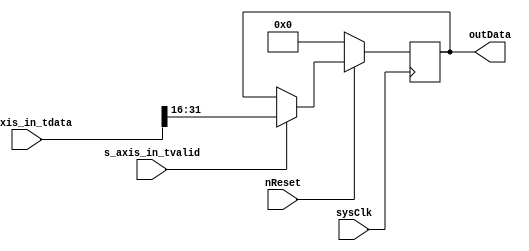
`timescale 1ns / 1ps
//////////////////////////////////////////////////////////////////////////////////
// Company: 
// Engineer: 
// 
// Design Name: 
// Module Name: output_buffer
// Project Name: 
// Target Devices: 
// Tool Versions: 
// Description: 
// 
// Dependencies: 
// 
// Revision:
// Revision 0.01 - File Created
// Additional Comments:
// 
//////////////////////////////////////////////////////////////////////////////////


module output_buffer(
    input nReset,
    input sysClk,
    input [31:0] s_axis_in_tdata,
    input s_axis_in_tvalid,
    output [15:0] outData
    );
    
reg signed [15:0] dataBuffer;

always @(negedge sysClk)
begin
    if(~nReset)
    begin
        dataBuffer <= 16'h0000;
    end
    else
    begin
        if(s_axis_in_tvalid)
        begin
            dataBuffer <= s_axis_in_tdata[31:16];
        end
        else
        begin
            dataBuffer <= dataBuffer;
        end
    end
end

assign outData = dataBuffer;

endmodule